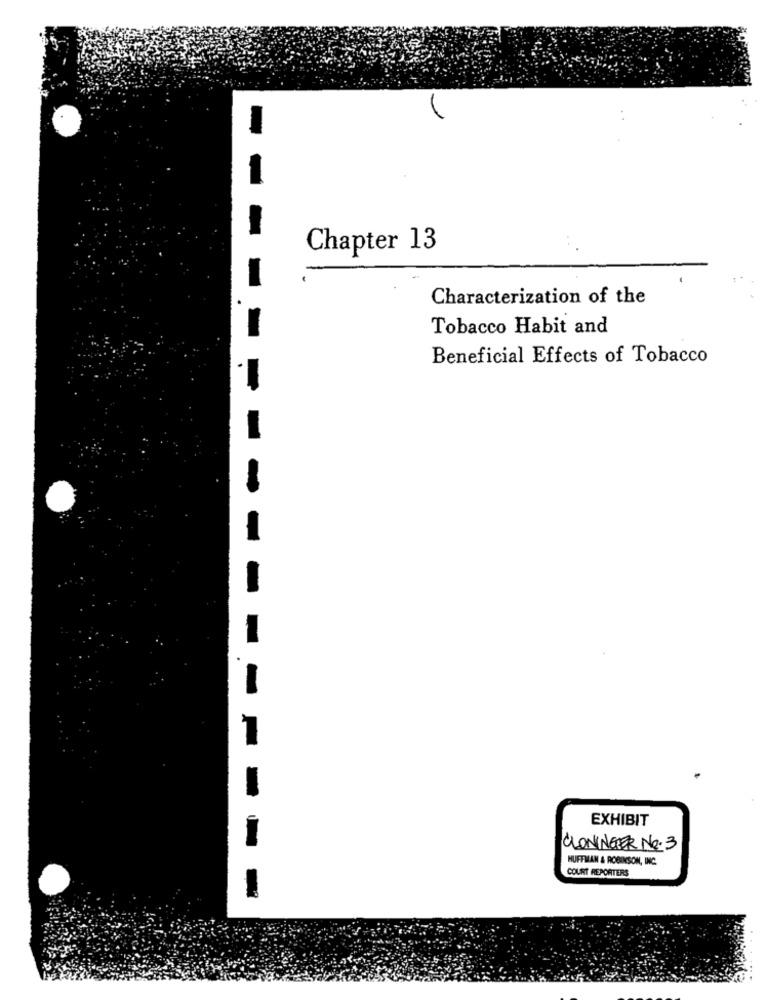
Chapter 13
Characterization of the
Tobacco Habit and
Beneficial Effects of Tobacco
EXHIBIT
CLONINGER NO. 3
HUFFMAN & ROBINSON, INC.
COURT REPCATERS
--